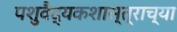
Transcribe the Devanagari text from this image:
पशुवैद्यकशास्त्राच्या